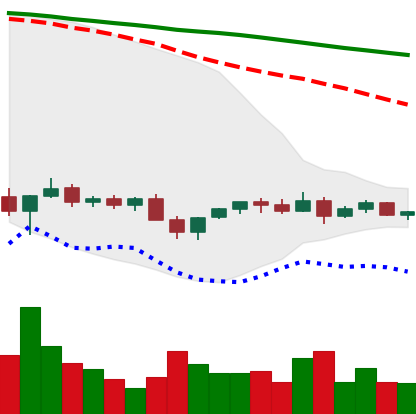
Ticker: XLM-USD
Chart end date: 2022-12-02
Forward return: -4.34%
Label: down_3_5